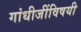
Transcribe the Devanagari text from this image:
गांधीजींविषयी